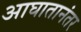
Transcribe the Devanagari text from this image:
आघातानंतर